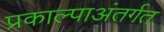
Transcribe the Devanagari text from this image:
प्रकाल्पाअंतर्गत